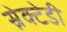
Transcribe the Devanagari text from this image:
स्नेक्टेडी